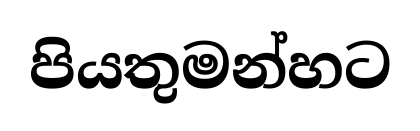
පියතුමන්හට